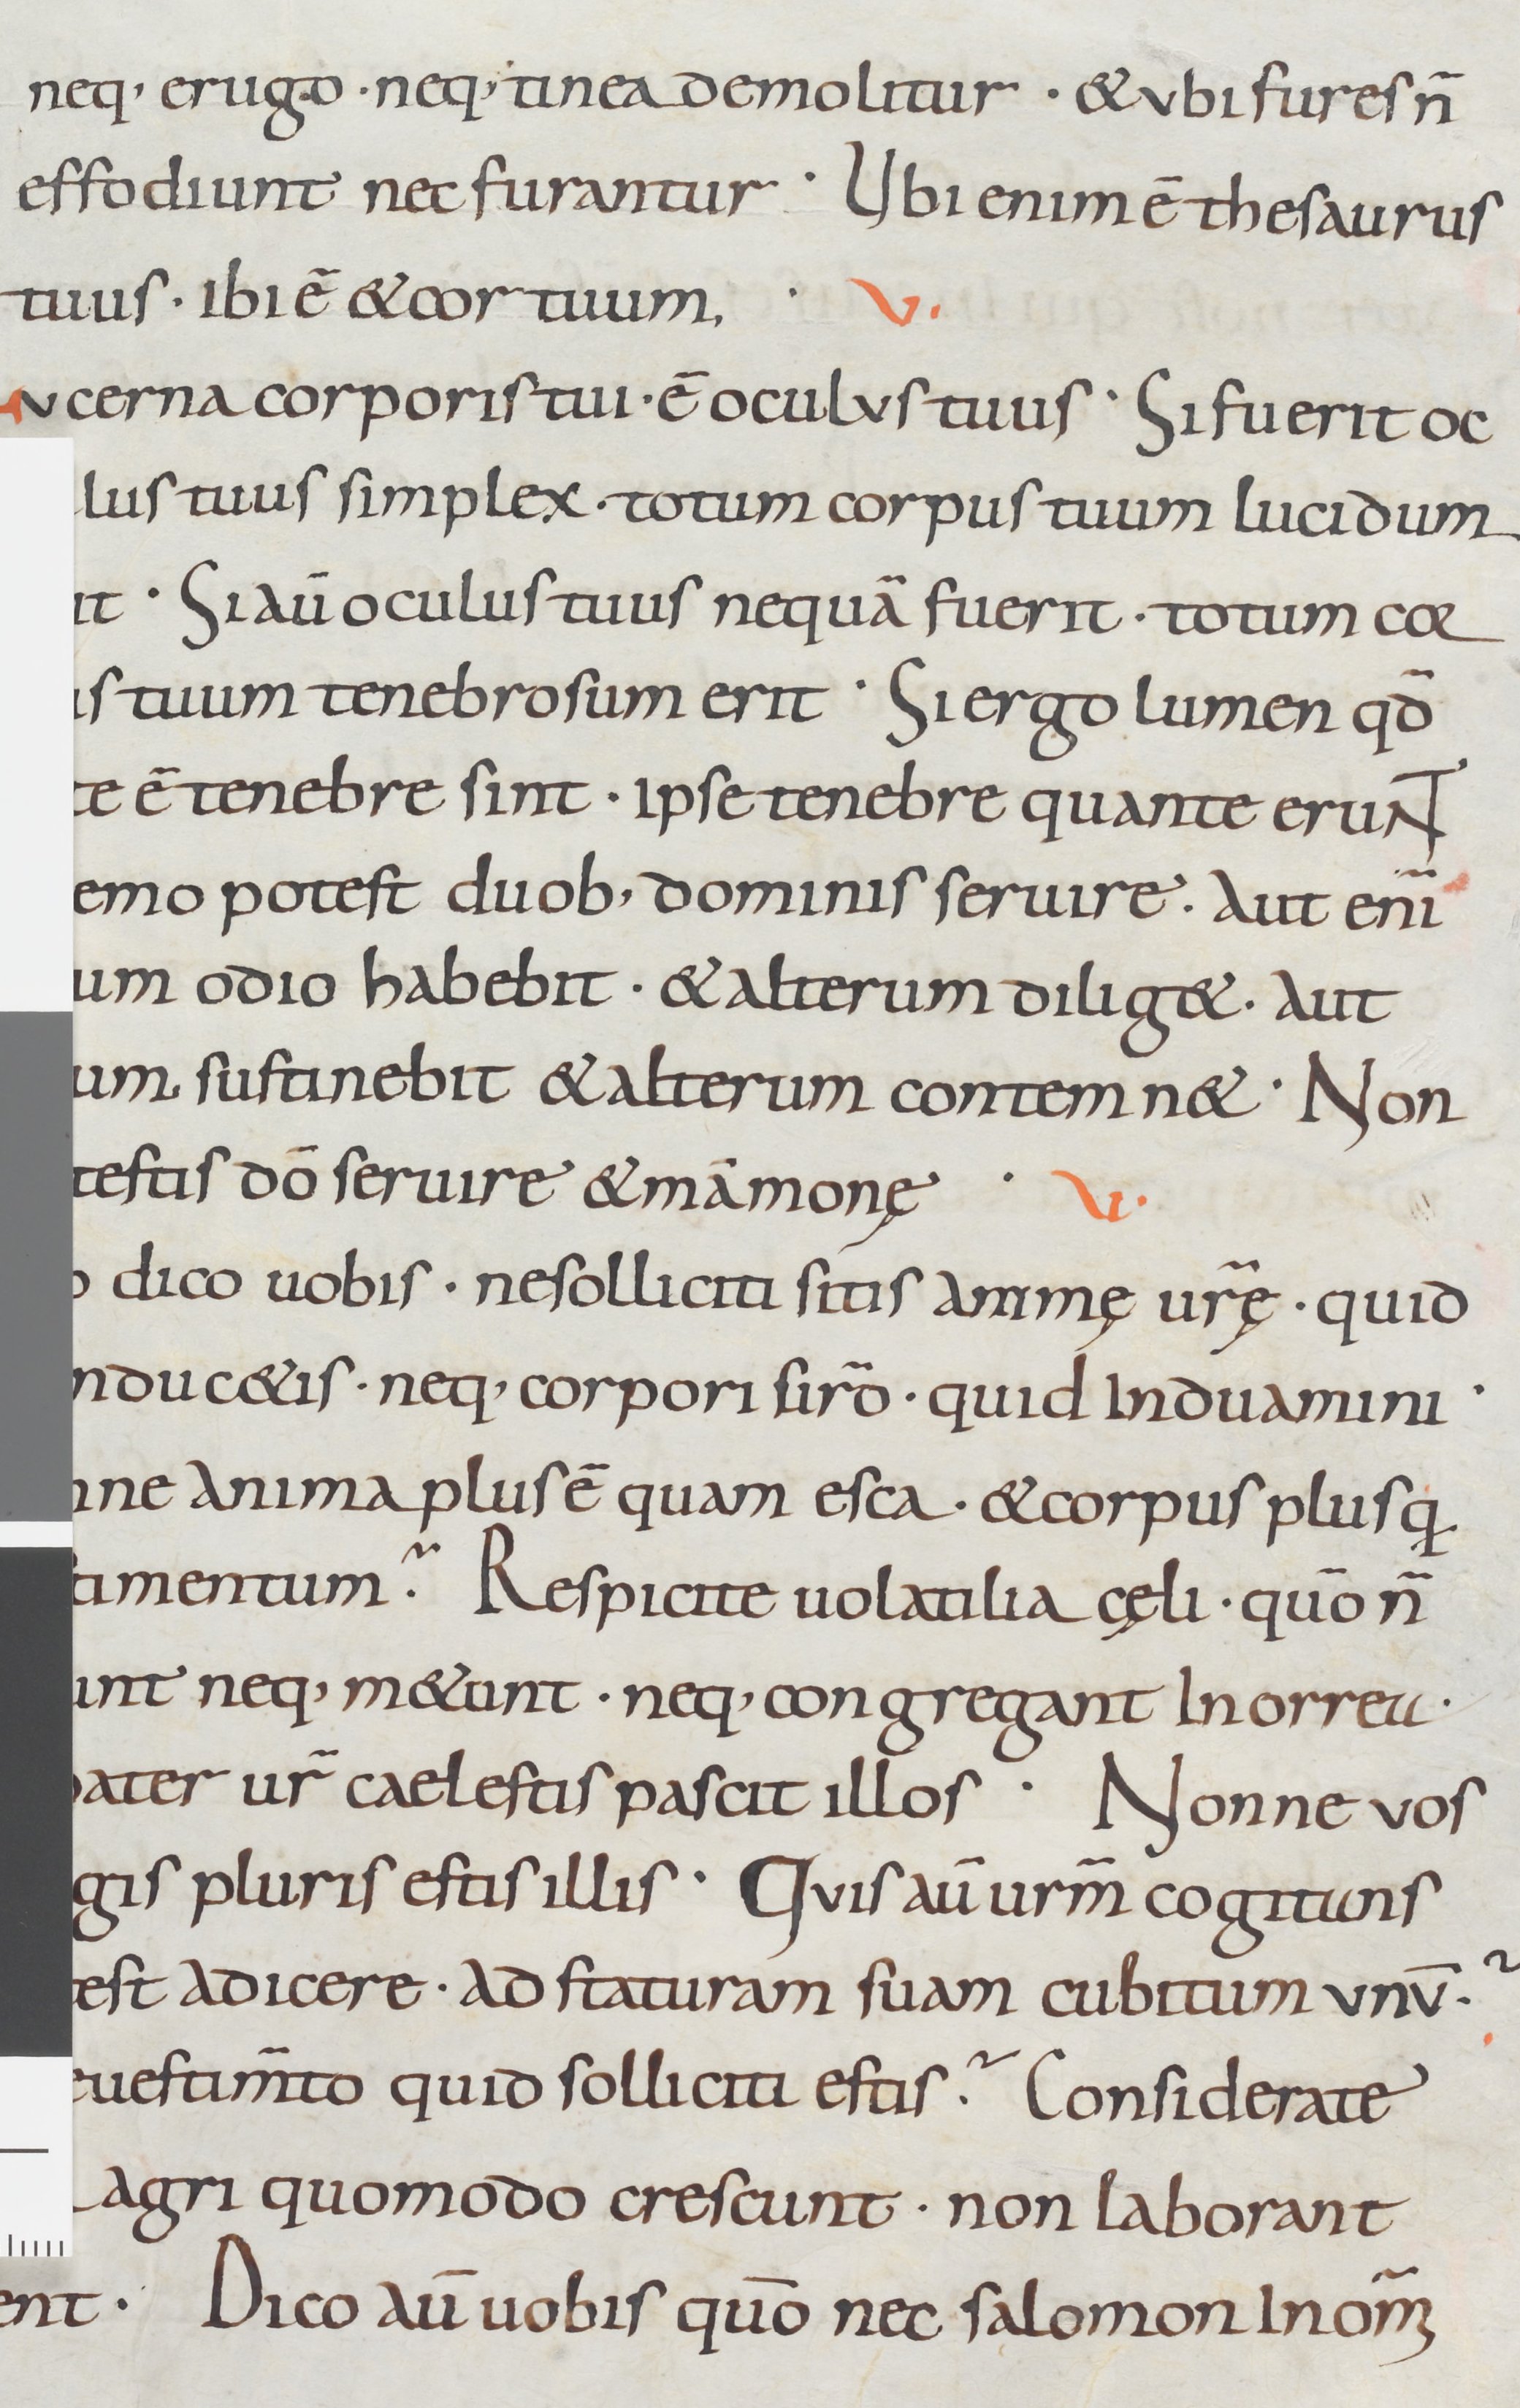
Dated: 800–999